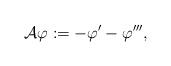
LaTeX: \begin{align*}\mathcal{A}\varphi:=-\varphi'-\varphi''',\end{align*}